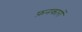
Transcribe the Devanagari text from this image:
फ़नकारों